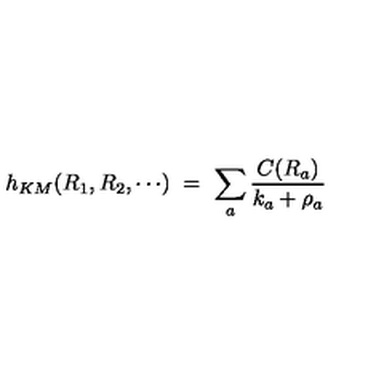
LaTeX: h _ { K M } ( R _ { 1 } , R _ { 2 } , \cdots ) \ = \ \sum _ { a } { \frac { C ( R _ { a } ) } { k _ { a } + \rho _ { a } } }